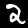
Digit: 2